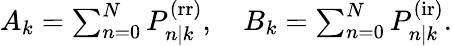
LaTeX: \begin{array}{r}{A_{k}=\sum_{n=0}^{N}P_{n|k}^{\mathrm{(rr)}},\quad B_{k}=\sum_{n=0}^{N}P_{n|k}^{\mathrm{(ir)}}.}\end{array}